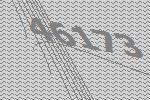
46173